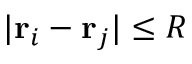
| \mathbf { r } _ { i } - \mathbf { r } _ { j } | \le R